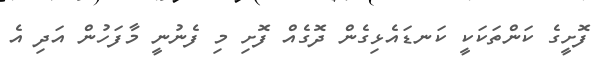
ފޮށީގެ ކަންތަކަކީ ކަނޑައެޅިގެން ދޮގެއް ފޮށި މި ފެނުނީ މާފަހުން އަދި އެ